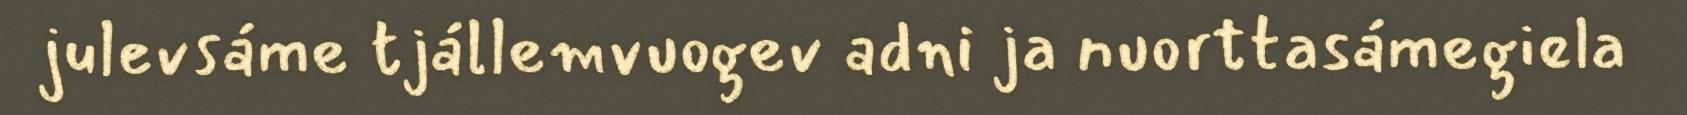
julevsáme tjállemvuogev adni ja nuorttasámegiela